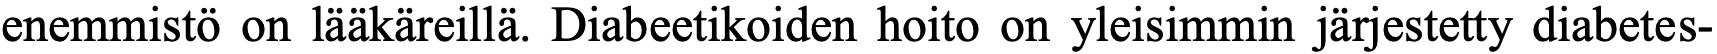
enemmistö on lääkäreillä. Diabeetikoiden hoito on yleisimmin järjestetty diabetes-